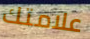
علامتك